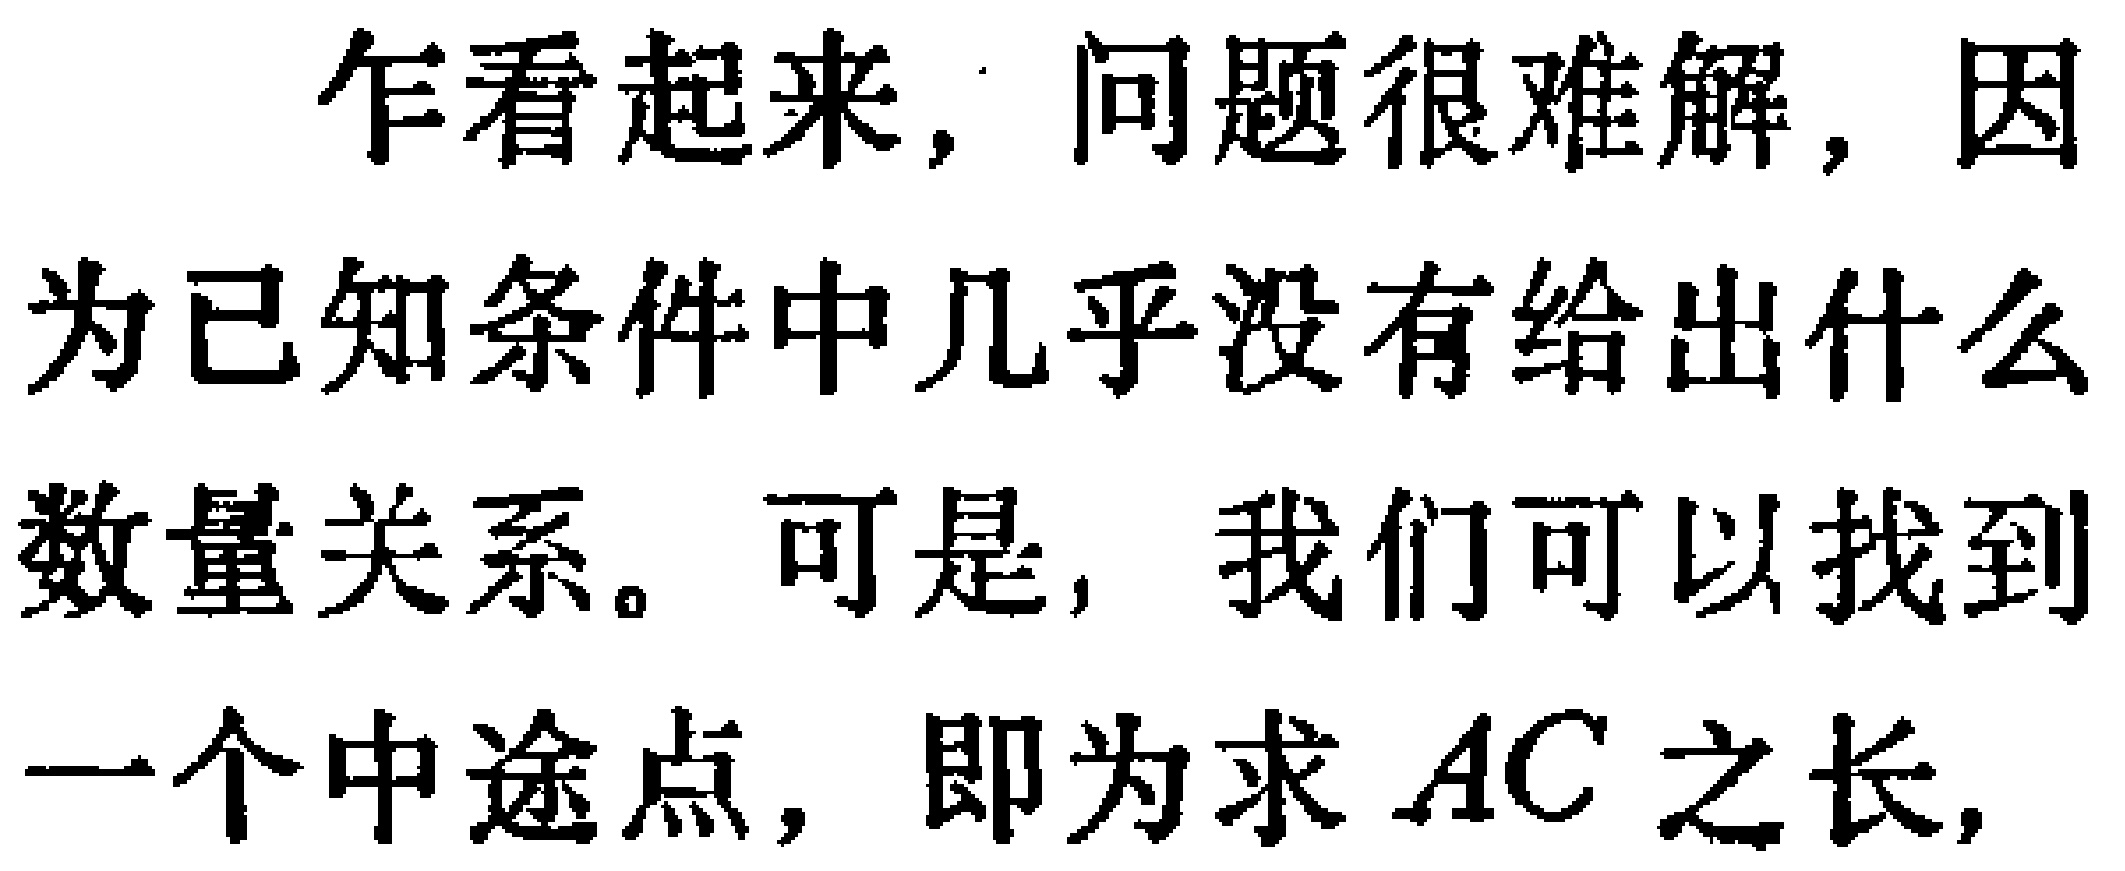
乍看起来，问题很难解，因为已知条件中几乎没有给出什么数量关系。可是，我们可以找到一个中途点，即为求 \(AC\) 之长，